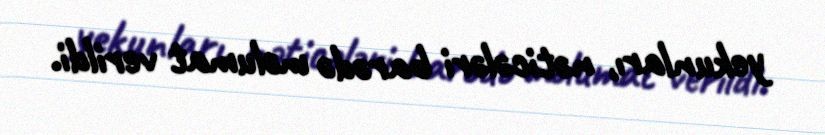
yekunları, nəticələri barədə məlumat verildi.